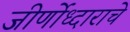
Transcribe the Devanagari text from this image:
जीर्णोध्दाराचे